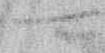
可